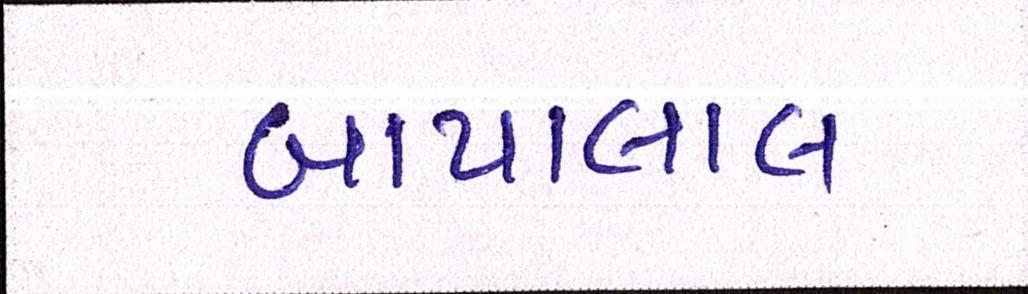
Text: બાપાલાલ